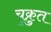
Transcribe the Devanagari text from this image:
चुक्रुत